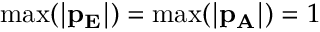
\mathrm { m a x } ( \mathbf { | p _ { E } | } ) = \mathrm { m a x } ( \mathbf { | p _ { A } | } ) = 1